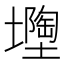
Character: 𡒘